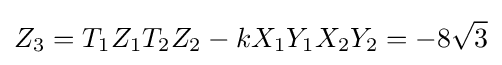
Z_{3}=T_{1}Z_{1}T_{2}Z_{2}-kX_{1}Y_{1}X_{2}Y_{2}=-8{\sqrt {3}}